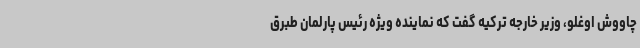
چاووش اوغلو، وزیر خارجه ترکیه گفت که نماینده ویژه رئیس پارلمان طبرق